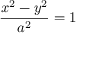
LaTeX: { \frac { x ^ { 2 } - y ^ { 2 } } { a ^ { 2 } } } = 1